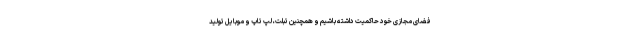
فضای مجازی خود حاکمیت داشته باشیم و همچنین تبلت، لپ تاپ و موبایل تولید